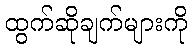
ထွက်ဆိုချက်များကို